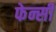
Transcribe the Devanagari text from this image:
फेन्सी